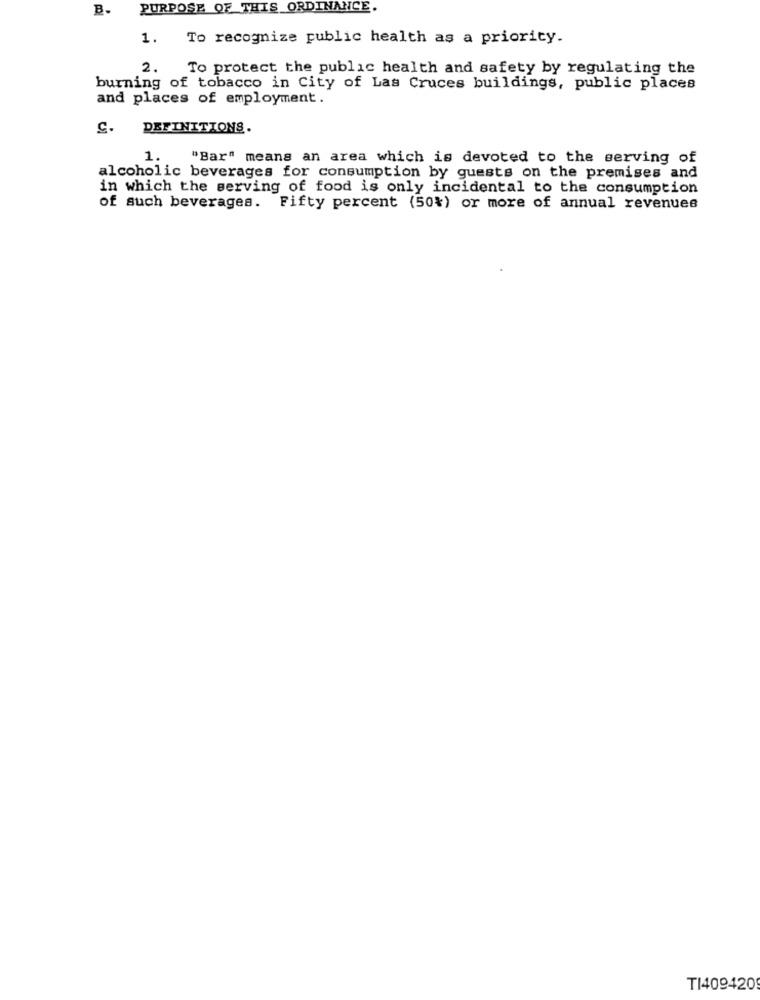
B.
PURPOSE OF THIS ORDINANCE.
1.
To recognize public health as a priority.
2.
To protect the public health and safety by regulating the
burning of tobacco in City of Las Cruces buildings, public places
and places of employment.
C. DEFINITIONS.
1.
"Bar" means an area which is devoted to the serving of
alcoholic beverages for consumption by guests on the premises and
in which the serving of food is only incidental to the consumption
of such beverages. Fifty percent (50%) or more of annual revenues
T1409420